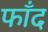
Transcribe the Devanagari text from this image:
फाँद